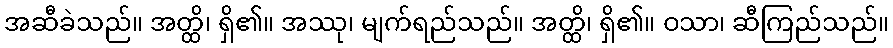
အဆီခဲသည်။ အတ္ထိ၊ ရှိ၏။ အဿု၊ မျက်ရည်သည်။ အတ္ထိ၊ ရှိ၏။ ဝသာ၊ ဆီကြည်သည်။